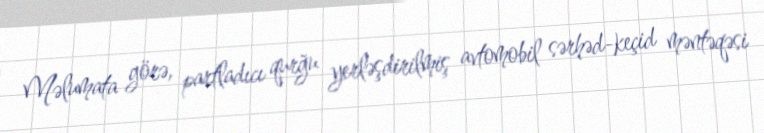
Məlumata görə, partladıcı qurğu yerləşdirilmiş avtomobil sərhəd-keçid məntəqəsi